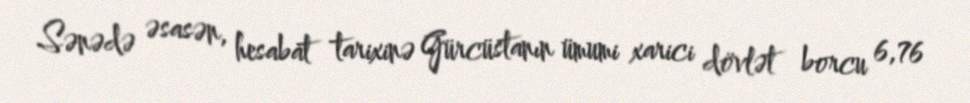
Sənədə əsasən, hesabat tarixinə Gürcüstanın ümumi xarici dövlət borcu 6,76